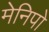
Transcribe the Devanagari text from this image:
मेनिपो